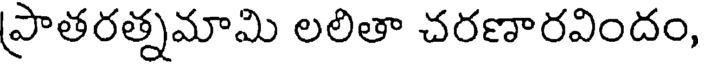
ప్రాతరత్నమామి లలితా చరణారవిందం,